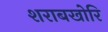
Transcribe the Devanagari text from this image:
शराबखोरि